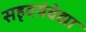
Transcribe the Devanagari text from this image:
सहृदयंवेद्या